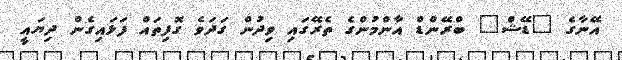
އޭނާގެ "ޑޭޝް" ބްރޭންޑް އާންމުންގެ ތެރޭގައި ވިދުން ގަދަވެ ގޮފިތައް ފަޅައިގެން ދިޔައީ